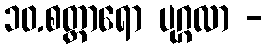
၁၀.စတ္တာရော ပုဂ္ဂလာ -